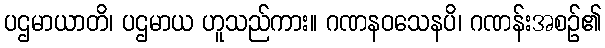
ပဌမာယာတိ၊ ပဌမာယ ဟူသည်ကား။ ဂဏနဝသေနပိ၊ ဂဏန်းအစဉ်၏